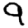
Digit: 9